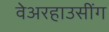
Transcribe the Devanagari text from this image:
वेअरहाउसींग